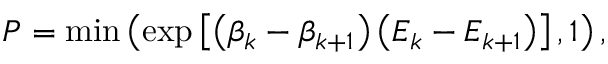
P = \mathrm { m i n } \left( \exp \left[ \left( \beta _ { k } - \beta _ { k + 1 } \right) \left( E _ { k } - E _ { k + 1 } \right) \right] , 1 \right) ,